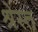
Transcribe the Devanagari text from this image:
श्रेस्त